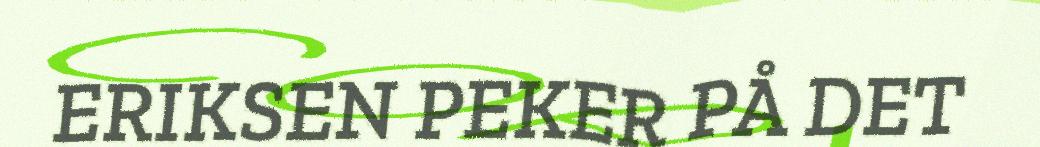
ERIKSEN PEKER PÅ DET